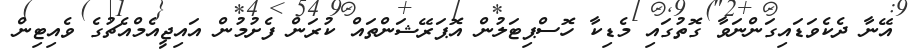
އޭނާ ދެކެވަޑައިގަންނަވާ ގޮތުގައި މެޑިކާ ހޮސްޕިޓަލުން އޮޕަރޭޝަންތައް ކުރަން ފެށުމުން އައިޖީއެމްއެޗުގެ ވެއިޓިން